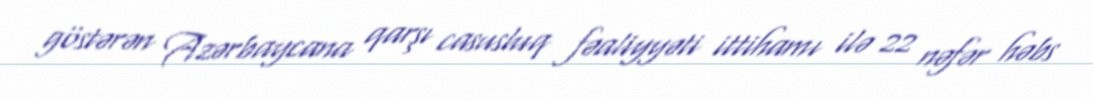
göstərən Azərbaycana qarşı casusluq fəaliyyəti ittihamı ilə 22 nəfər həbs